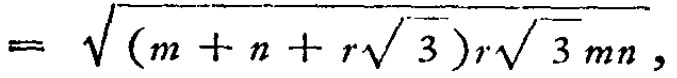
$= \sqrt{(m + n + r\sqrt{3})r\sqrt{3}mn},$